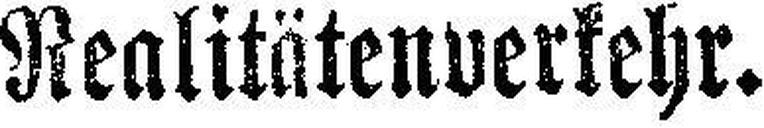
Realitätenverkehr.